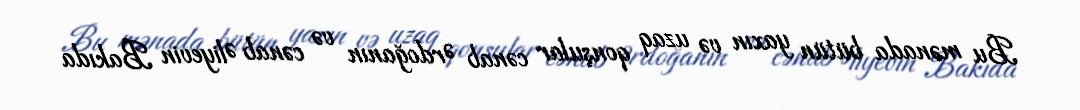
Bu mənada bütün yaxın və uzaq qonşular cənab Ərdoğanın və cənab Əliyevin Bakıda